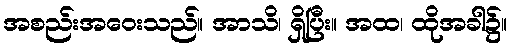
အစည်းအဝေးသည်။ အာသိ၊ ရှိပြီး။ အထ၊ ထိုအခါ၌။